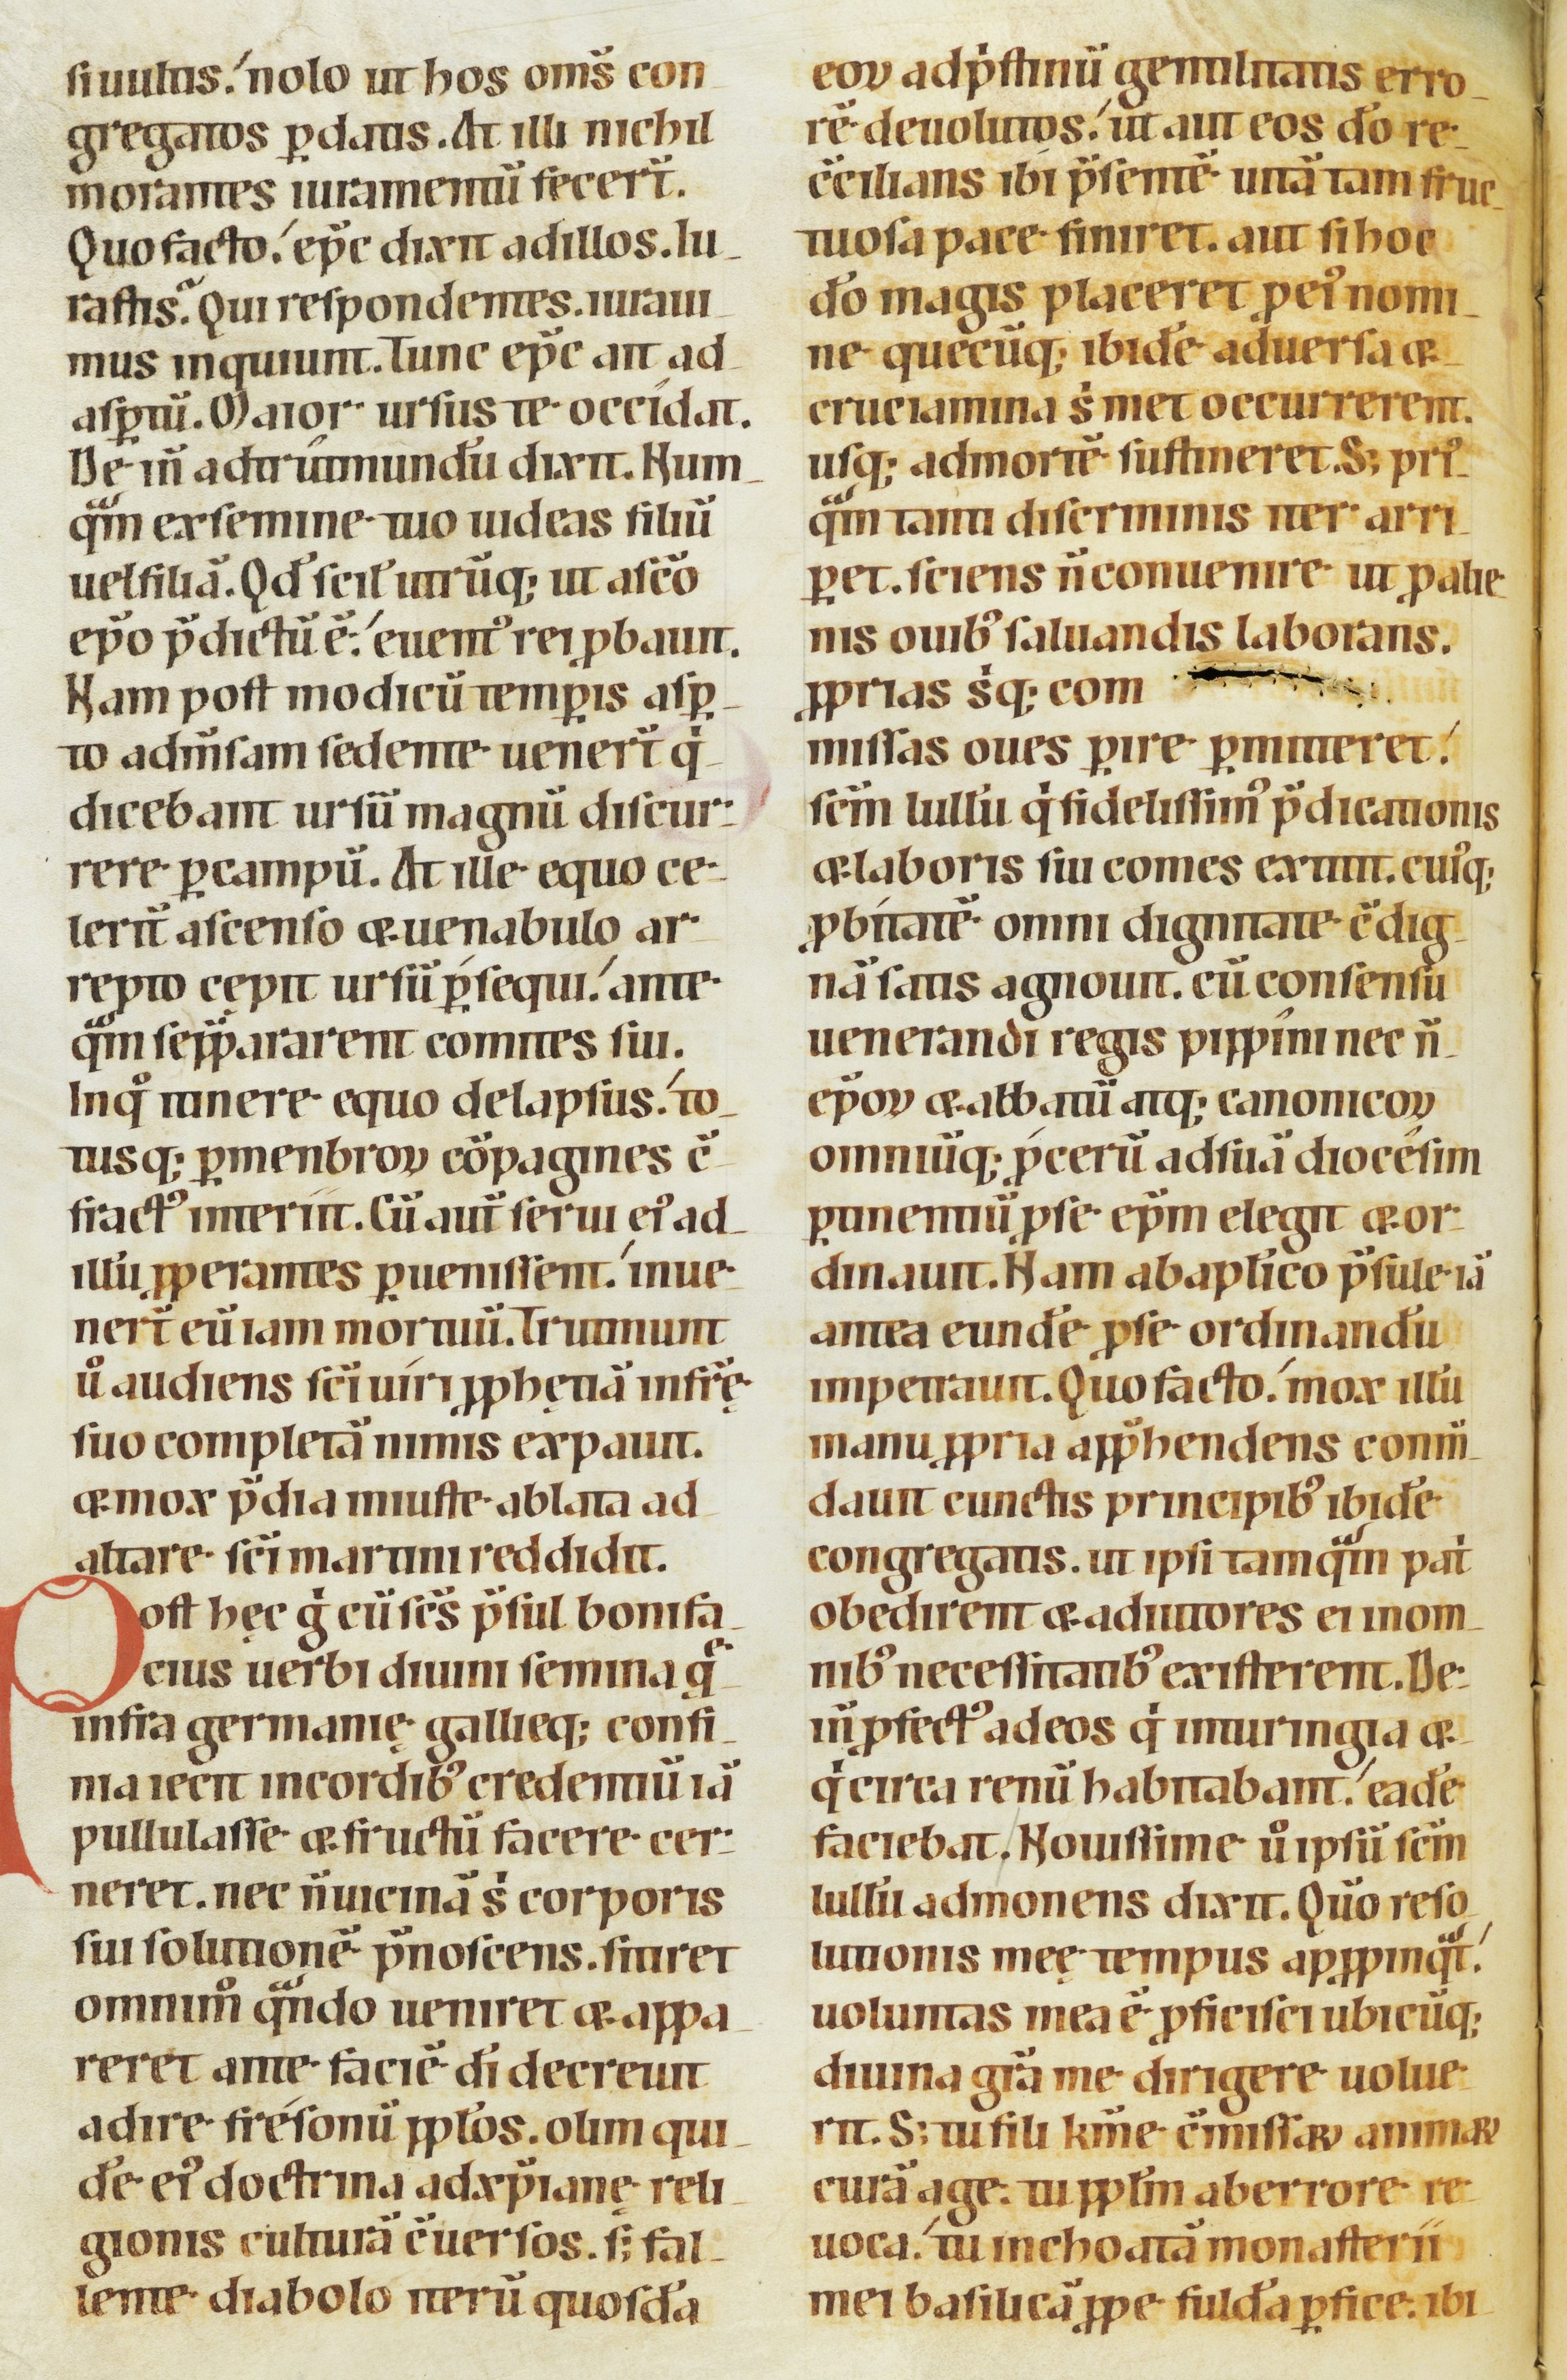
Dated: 1100–1199